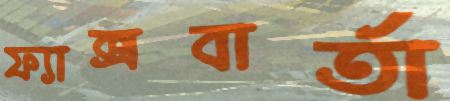
ফ্যাক্সবার্তা